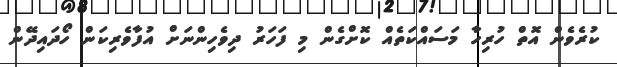
ކުރެވެން އޮތް ހުރިހާ މަސައްކަތެއް ކޮށްގެން މި ފަހަރު ދިވެހިންނަށް އުފާވެރިކަން ހޯދައިދޭން